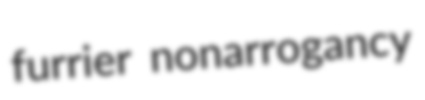
furrier nonarrogancy